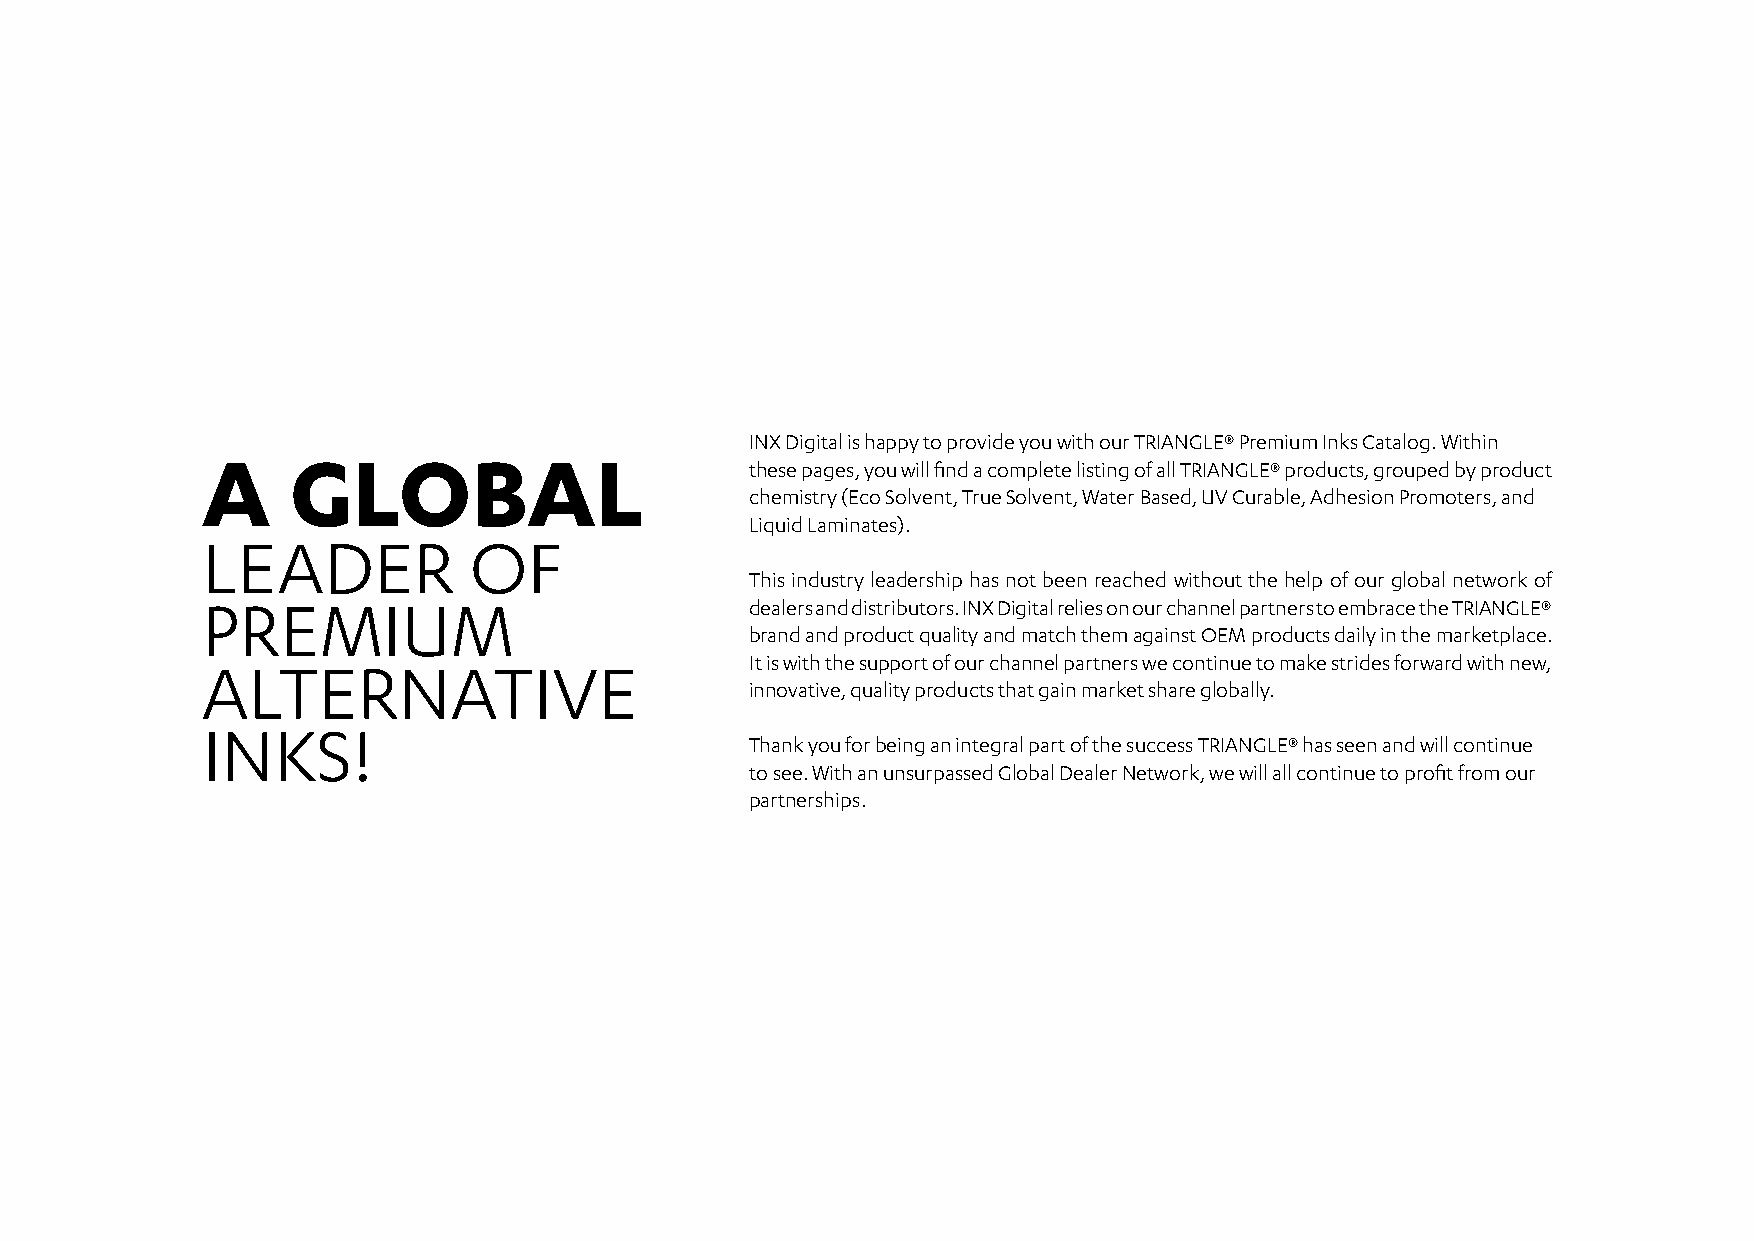
INX Digital is happy to provide you with our TRIANGLE® Premium Inks Catalog. Within
 A     GLOBAL
 these pages, you will find a complete listing of all TRIANGLE® products, grouped by product
 chemistry (Eco Solvent, True Solvent, Water Based, UV Curable, Adhesion Promoters, and
 Liquid Laminates).
 LEADER            OF
 This industry leadership has not been reached without the help of our global network of
 PREMIUM
 dealers and distributors. INX Digital relies on our channel partners to embrace the TRIANGLE®
 brand and product quality and match them against OEM products daily in the marketplace.
 ALTERNATIVE                          It is with the support of our channel partners we continue to make strides forward with new,
 innovative, quality products that gain market share globally.
 INKS!
 Thank you for being an integral part of the success TRIANGLE® has seen and will continue
 to see. With an unsurpassed Global Dealer Network, we will all continue to profit from our
 partnerships.